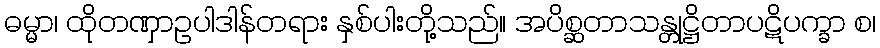
ဓမ္မာ၊ ထိုတဏှာဥပါဒါန်တရား နှစ်ပါးတို့သည်။ အပိစ္ဆတာသန္တုဋ္ဌိတာပဋိပက္ခာ စ၊